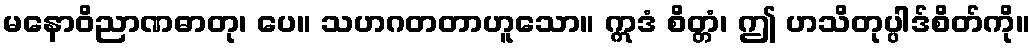
မနောဝိညာဏဓာတု၊ ပေ။ သဟဂတတာဟူသော။ ဣဒံ စိတ္တံ၊ ဤ ဟသိတုပ္ပါဒ်စိတ်ကို။